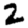
Digit: 2